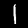
Label: 1